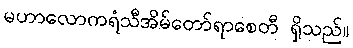
မဟာလောကရံသီအိမ်တော်ရာစေတီ ရှိသည်။